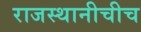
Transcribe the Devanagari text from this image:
राजस्थानीचीच